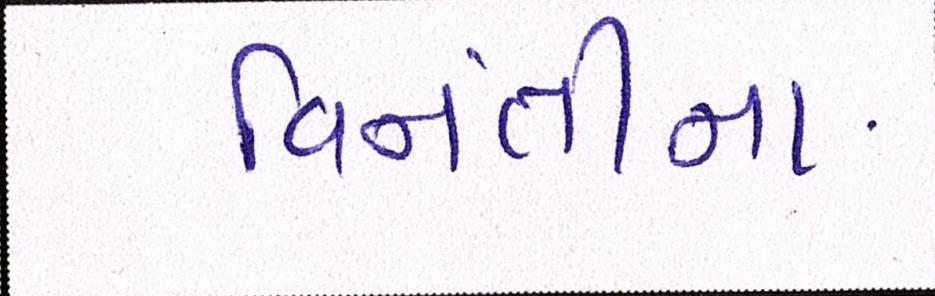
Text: વિનંતીના